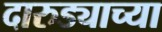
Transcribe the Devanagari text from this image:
दारुड्याच्या